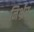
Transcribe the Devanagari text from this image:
निर्भ्रर